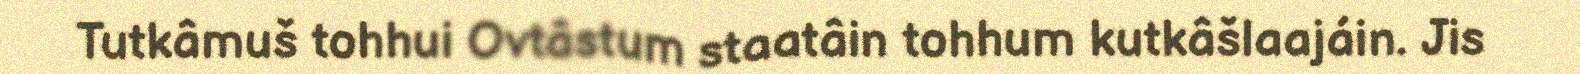
Tutkâmuš tohhui Ovtâstum staatâin tohhum kutkâšlaajáin. Jis